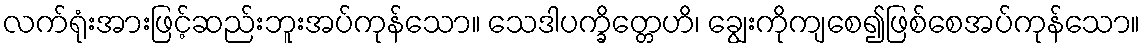
လက်ရုံးအားဖြင့်ဆည်းဘူးအပ်ကုန်သော။ သေဒါပက္ခိတ္တေဟိ၊ ချွေးကိုကျစေ၍ဖြစ်စေအပ်ကုန်သော။